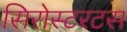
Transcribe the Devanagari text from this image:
सिरोस्टरटस